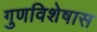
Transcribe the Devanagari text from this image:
गुणविशेषास